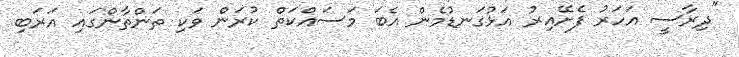
"ދިރާސީ އަހަރު ފެށޭއިރު އަޅުގަނޑުމެން އެބަ މަސައްކަތް ކުރަން ވަކި ތަންތާންގައި އަރަބި